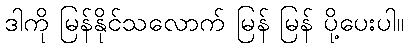
ဒါကို မြန်နိုင်သလောက် မြန် မြန် ပို့ပေးပါ။